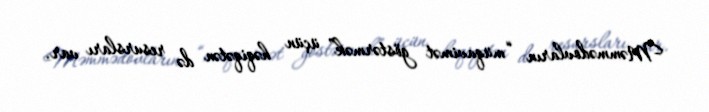
Məmmədovların “müqavimət göstərmək” üçün həqiqətən də resursları var.